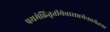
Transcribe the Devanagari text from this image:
प्रथमेह्नितृतीयेवासप्तमेनवमेतथा